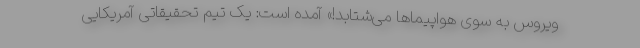
ویروس به سوی هواپیماها می‌شتابد!» آمده است: یک تیم تحقیقاتی آمریکایی